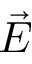
\vec { E }